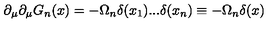
\partial _ { \mu } \partial _ { \mu } G _ { n } ( x ) = - \Omega _ { n } \delta ( x _ { 1 } ) . . . \delta ( x _ { n } ) \equiv - \Omega _ { n } \delta ( x )